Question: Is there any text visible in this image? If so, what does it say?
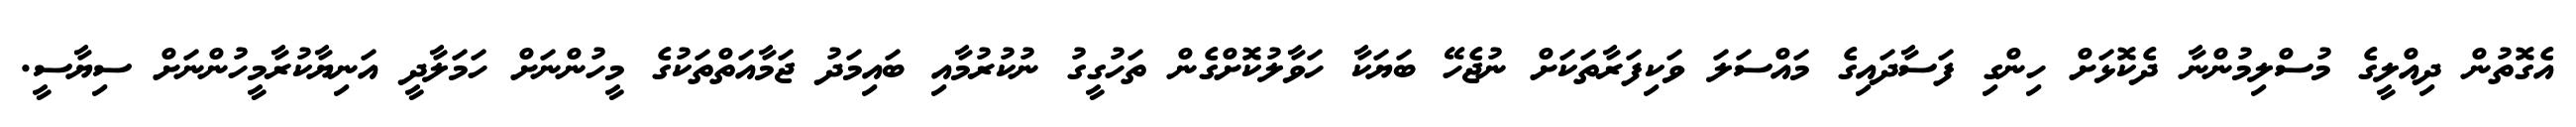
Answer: އެގޮތުން ދިއްލީގެ މުސްލިމުންނާ ދެކޮޅަށް ހިންގި ފަސާދައިގެ މައްސަލަ ވަކިފަރާތަކަށް ނުޖެހޭ ބަޔަކާ ހަވާލުކޮށްގެން ތަހުގީގު ނުކުރުމާއި ބައިމަދު ޖަމާއަތްތަކުގެ މީހުންނަށް ހަމަލާދީ އަނިޔާކުރާމީހުންނަށް ސިޔާސީ.